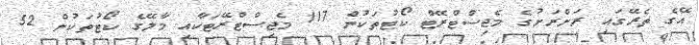
އޭގެ ތެރޭގައި ރަށްރަށުގެ މެޖިސްޓްރޭޓް ކޯޓުތަކުން 117 މެޖިސްޓްރޭޓަކާއި މާލޭގެ ކޯޓުތަކުން 52